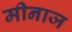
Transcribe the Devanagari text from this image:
मीनाज